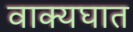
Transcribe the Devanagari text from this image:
वाक्यघात